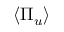
\left\langle \Pi _ { u } \right\rangle